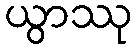
ယွာဿု